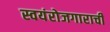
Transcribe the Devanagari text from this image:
स्वयंरोजगाराची